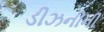
ડીઝનીની